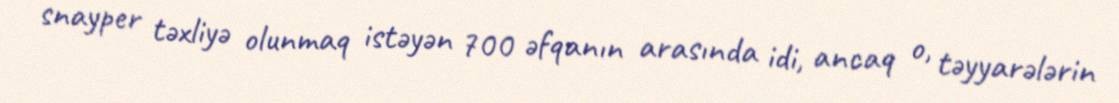
snayper təxliyə olunmaq istəyən 700 əfqanın arasında idi, ancaq o, təyyarələrin